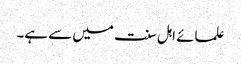
علمائے اہل سنت میں سے ہے۔